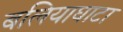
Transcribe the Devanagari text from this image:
बलियाघाटा